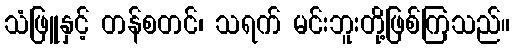
သံဖြူနှင့် တန်စတင်၊ သရက် မင်းဘူးတို့ဖြစ်ကြသည်။